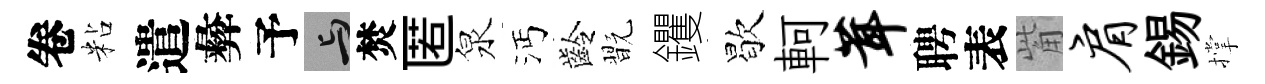
卷粘遣彜予与焚匿泉沔齡翫钁歇軻茸聘表觜肩錫撑